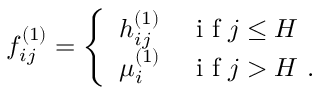
f _ { i j } ^ { ( 1 ) } = \left\{ \begin{array} { l l } { h _ { i j } ^ { ( 1 ) } } & { \mathrm { ~ i ~ f ~ } j \leq H } \\ { \mu _ { i } ^ { ( 1 ) } } & { \mathrm { ~ i ~ f ~ } j > H \ . } \end{array} \right.